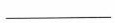
___